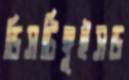
ডিসটিঙ্গুইসড